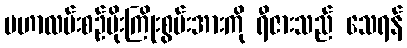
မဟာလမ်းစဉ်မိုးကြိုးစွမ်းအားကို ရီဇားသည် သေရန်